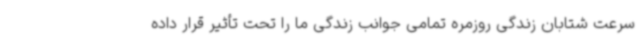
سرعت شتابان زندگی روزمره تمامی جوانب زندگی ما را تحت تأثیر قرار داده